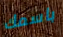
باسمك